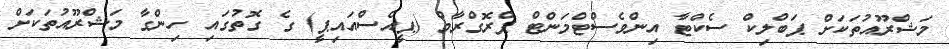
މަޝްރޫއުތަކަށް ޕަބްލިކް ސެކްޓާ އިންވެސްޓްމަންޓް ޕްރޮގްރާމް (ޕީއެސްއައިޕީ) ގެ ގޮތުގައި ހިންގާ މަޝްރޫއުތަކަށް